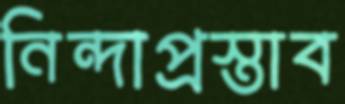
নিন্দাপ্রস্তাব